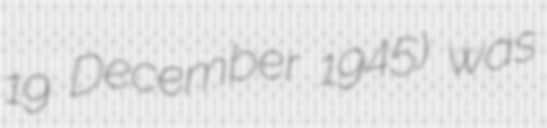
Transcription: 19 December 1945) was